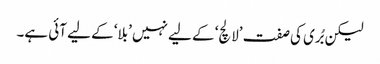
لیکن بُری کی صفت ’لالچ‘ کے لیے نہیں ’بلا‘ کے لیے آئی ہے۔